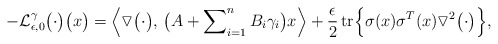
\begin{align*} -\mathcal{L}_{\epsilon,0}^{\gamma} \bigl(\cdot\bigr) \bigl( x \bigr) = \Bigl \langle \triangledown \bigl(\cdot\bigr),\, \bigl( A + \sum\nolimits_{i=1}^n B_i \gamma_i\bigr)x \Bigr \rangle + \frac{\epsilon}{2} \operatorname{tr} \Bigl \{\sigma(x) \sigma^T(x) \triangledown^2 \bigl(\cdot\bigr) \Bigr\}, \end{align*}